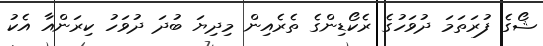
ޝޯގެ ފުރަތަމަ ދުވަހުގެ ރެކޯޑިންގެ ތެރެއިން މިދިޔަ ބުދަ ދުވަހު ކިރަންއާ އެކު